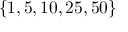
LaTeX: \{ 1 , 5 , 1 0 , 2 5 , 5 0 \}